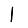
Digit: 1